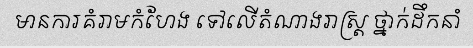
មានការគំរាមកំហែង ទៅលើតំណាងរាស្ត្រ ថ្នាក់ដឹកនាំ